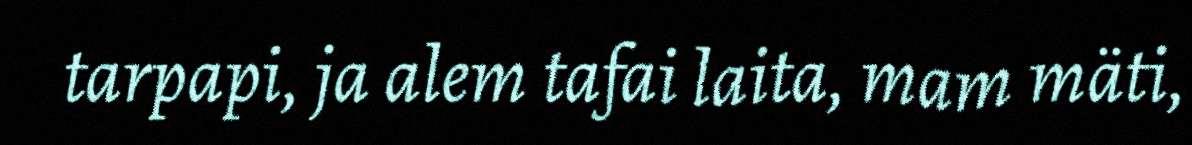
tarpapi, ja alem tafai laita, mam mäti,